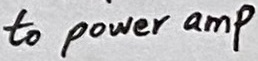
Text: to power amp